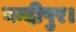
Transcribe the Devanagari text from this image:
बन्दीपुर।